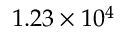
1 . 2 3 \times 1 0 ^ { 4 }